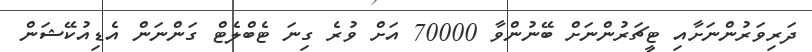
ދަރިވަރުންނަށާއި ޓީޗަރުންނަށް ބޭނުންވާ 70000 އަށް ވުރެ ގިނަ ޓެބްލެޓް ގަންނަން އެޑިއުކޭޝަން